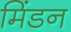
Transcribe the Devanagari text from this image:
मिंडन